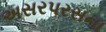
અસરપરસના